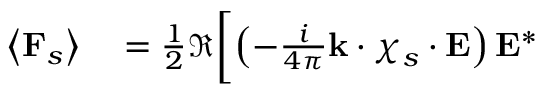
\begin{array} { r l } { \left\langle \mathbf { F } _ { s } \right\rangle } & { { } = \frac { 1 } { 2 } \Re \biggl [ \left( - \frac { i } { 4 \pi } \mathbf { k } \cdot \boldsymbol { \chi } _ { s } \cdot \mathbf { E } \right) \mathbf { E } ^ { * } } \end{array}